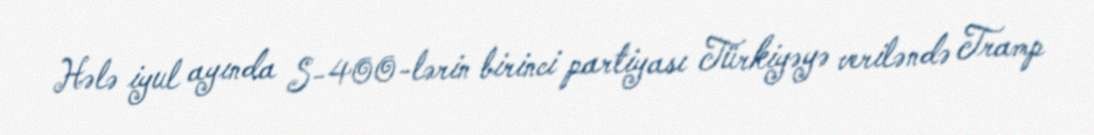
Hələ iyul ayında S-400-lərin birinci partiyası Türkiyəyə veriləndə Tramp